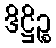
ဒိဋ္ဌိဉ္စ